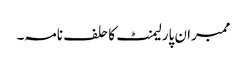
ممبران پارلیمنٹ کا حلف نامہ۔